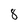
Character: 8